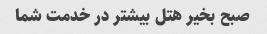
صبح بخیر هتل بیشتر در خدمت شما